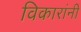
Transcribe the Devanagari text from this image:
विकारांनी